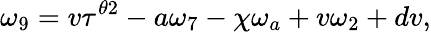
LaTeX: \omega_{9}=v\tau^{\theta 2}-a\omega_{7}-\chi\omega_{a}+v\omega_{2}+dv,